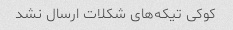
کوکی تیکه‌های شکلات ارسال نشد